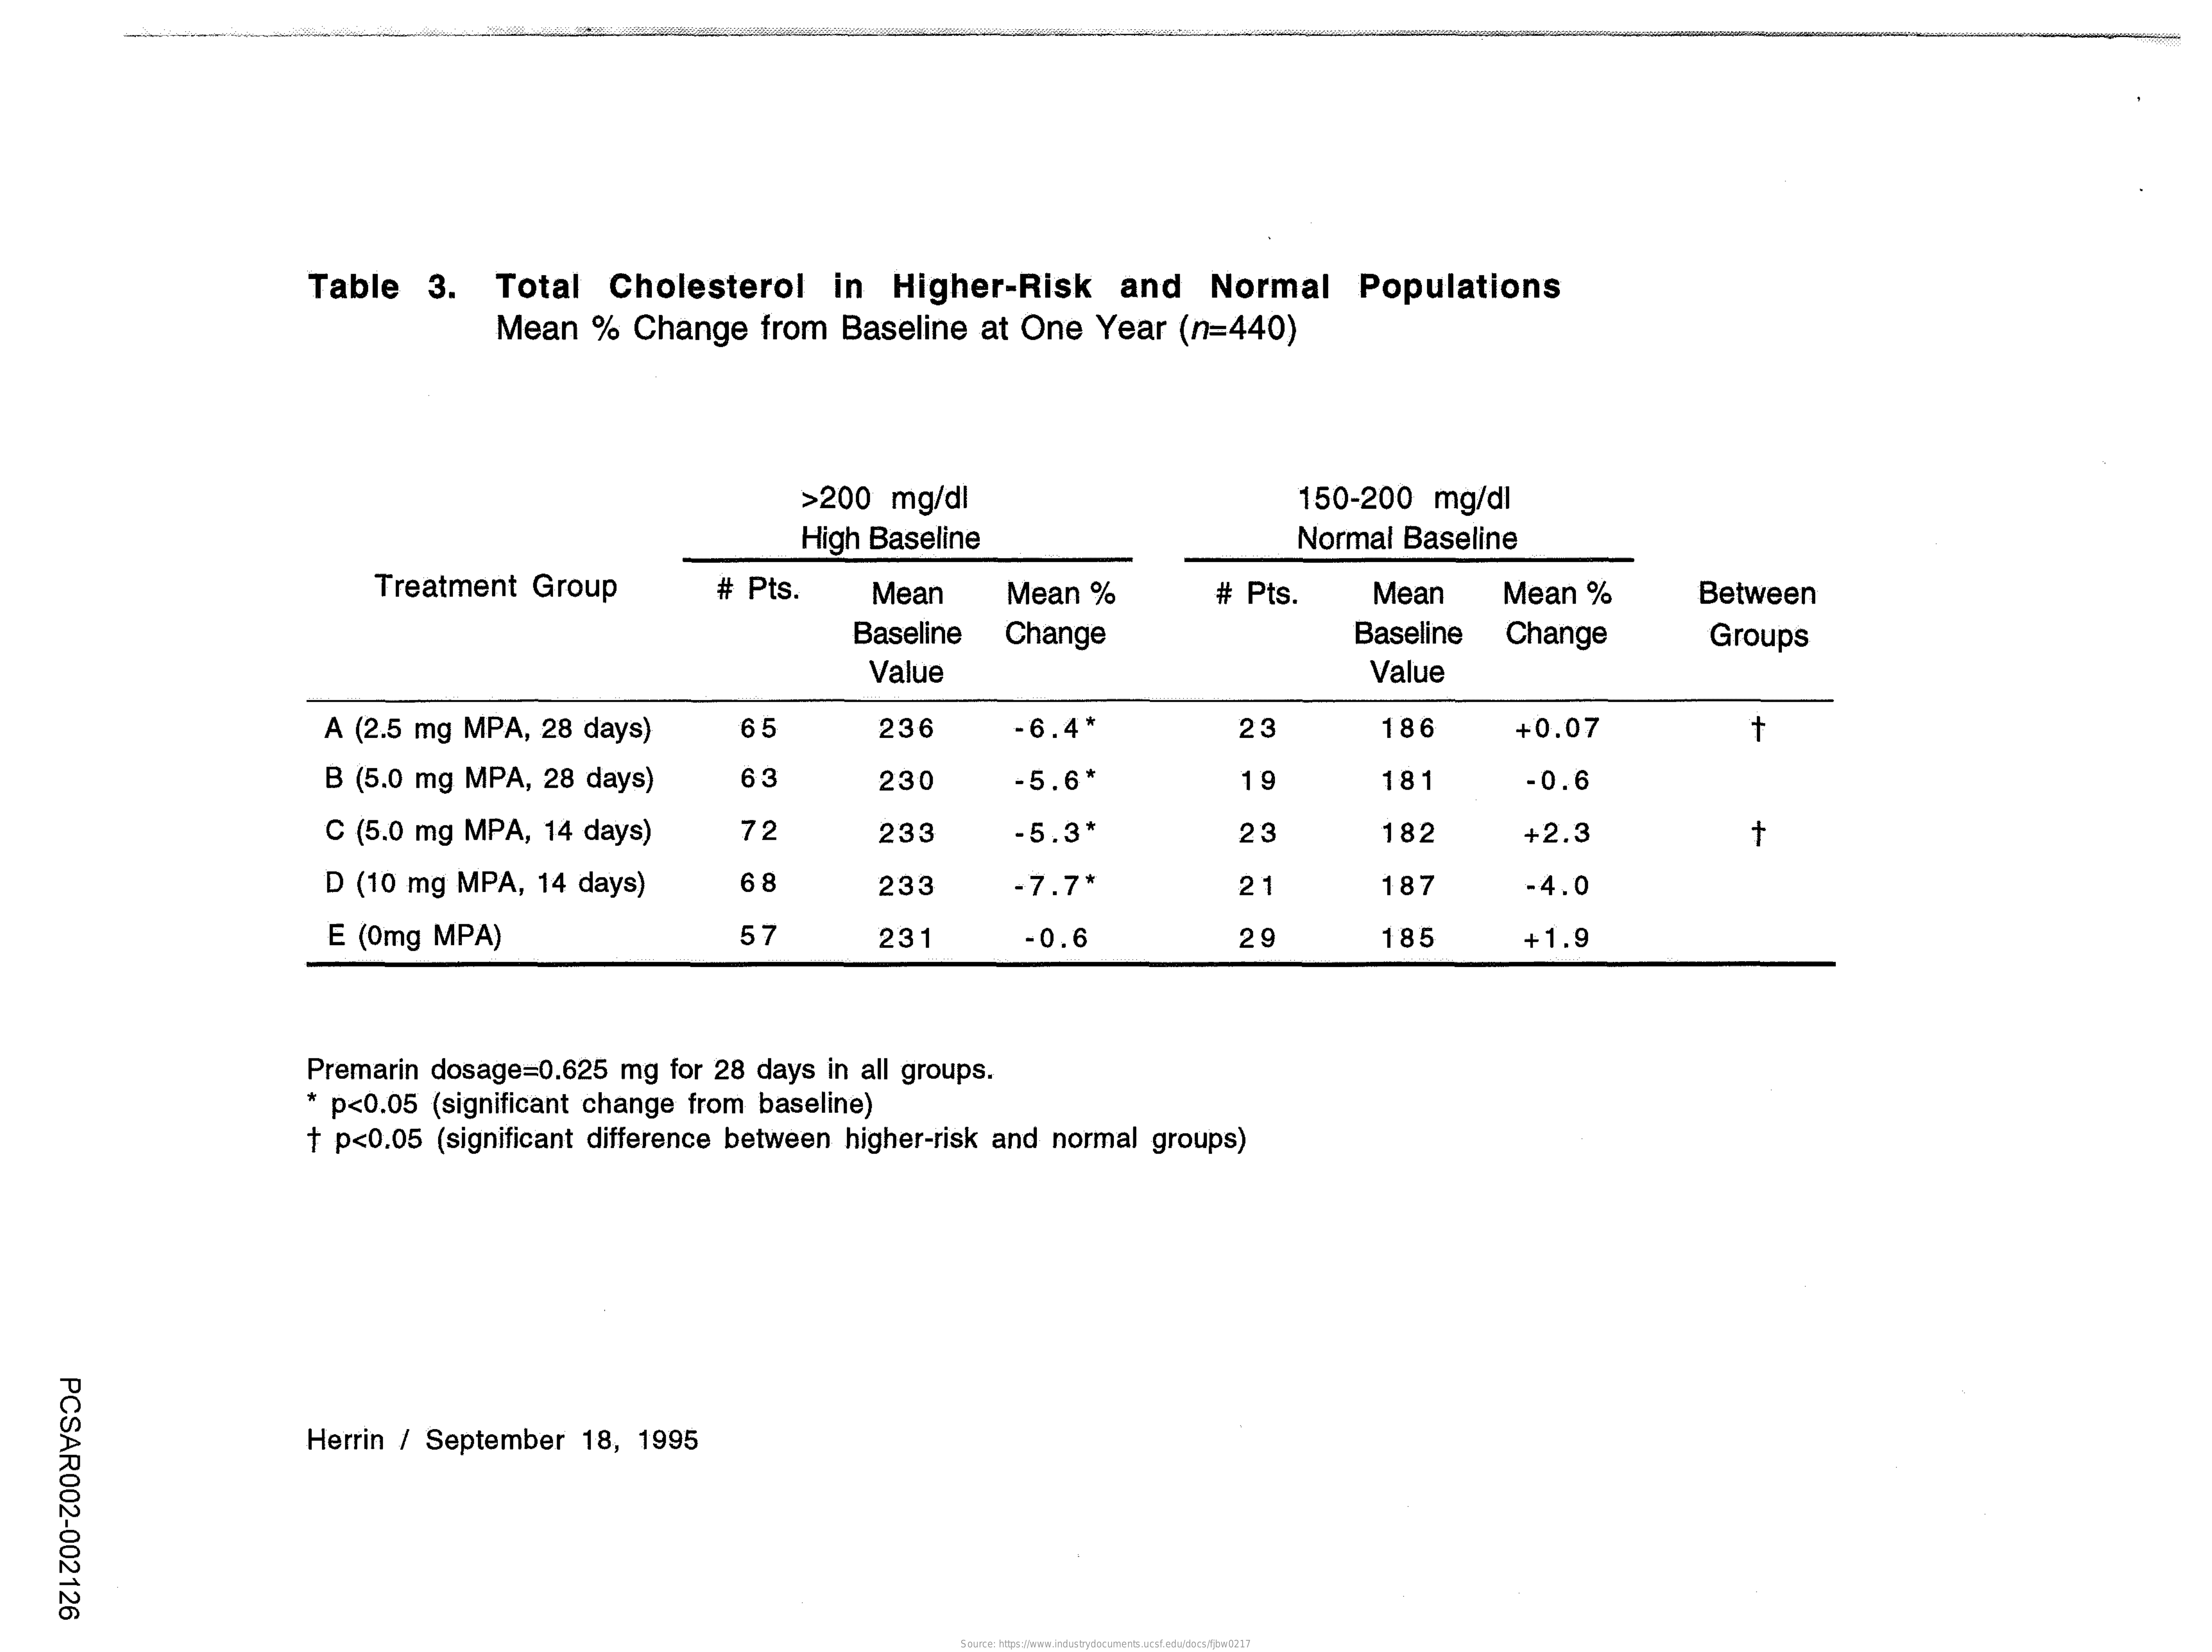
Table   3.  Total   Cholesterol   in  Higher-Risk    and   Normal    Populations
     Mean   % Change   from Baseline  at One Year  (n=440)
     >200 mg/dl    150-200  mg/dl
     High Baseline    Normal Baseline
     Treatment  Group    # Pts.    Mean    Mean  %    # Pts.    Mean    Mean   %    Between
     Baseline  Change    Baseline Change    Groups
     Value    Value
     A (2.5 mg MPA, 28 days)    35    236    -6.4*    23    186    +0.07    +
     B (5.0 mg MPA, 28 days)    63    230    -5.6'    19    181    0.6
     C (5.0 mg MPA, 14 days)    72    233    -5.3*    23    182    +2.3    +
     D (10 mg MPA, 14 days)    6 8    233    -7.7*    21    187    -4.0
     E (0mg MPA)    57    231    -0.6    29    185    +1.9
     Premarin dosage=0.625 mg for 28 days in all groups.
     * p<0.05 (significant change from baseline)
     + p<0.05 (significant difference between higher-risk and normal groups)
    PCSAR002-002126
     Herrin / September 18, 1995
     Source: https://www.industrydocuments.ucsf.edu/docs/fjbw0217